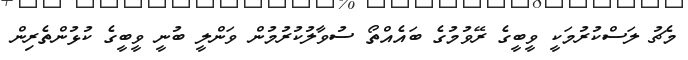
މެޗު ލަސްކުރުމަކީ ވީބީގެ ރޭވުމުގެ ބައެއްތޯ ސުވާލުކުރުމުން ވަންލީ ބުނީ ވީބީގެ ކުޅުންތެރިން